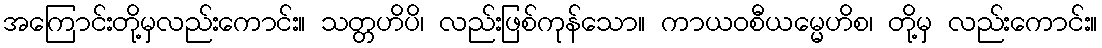
အကြောင်းတို့မှလည်းကောင်း။ သတ္တဟိပိ၊ လည်းဖြစ်ကုန်သော။ ကာယဝစီယမ္မေဟိစ၊ တို့မှ လည်းကောင်း။